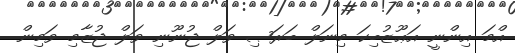
އްމަ އިންނީ އަޢޫޒުބިކަ މިނަލް ބަރަޞި ވަލް ޖުނޫނި ވަލް ޖުޒާމި ވަމިން